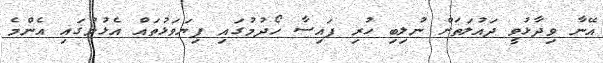
އޭނާ ވިދާޅުވީ ދައުލަތަށް ނުލިބި ހުރި ފައިސާ ހޯދުމުގައި ފިޔަވަޅުތައް އެޅުމުގައި އެންމެ